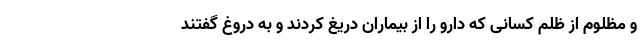
و مظلوم از ظلم کسانی که دارو را از بیماران دریغ کردند و به دروغ گفتند